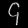
Digit: ၄